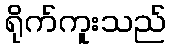
ရိုက်ကူးသည်